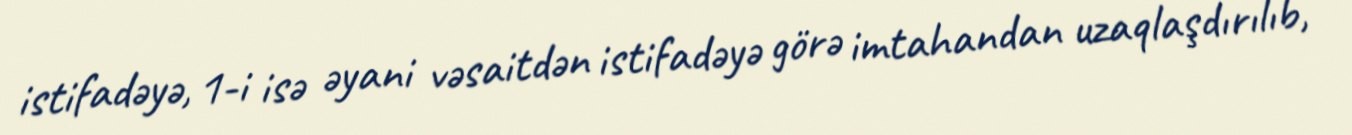
istifadəyə, 1-i isə əyani vəsaitdən istifadəyə görə imtahandan uzaqlaşdırılıb,